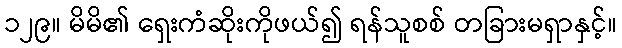
၁၂၉။ မိမိ၏ ရှေးကံဆိုးကိုဖယ်၍ ရန်သူစစ် တခြားမရှာနှင့်။